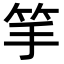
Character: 𥬄